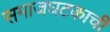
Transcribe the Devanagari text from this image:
समाजघटकाची